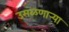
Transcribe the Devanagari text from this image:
उसळणार्‍या